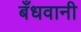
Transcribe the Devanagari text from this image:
बँधवानी